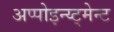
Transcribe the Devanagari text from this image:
अप्पोइन्य्ट्मेन्ट